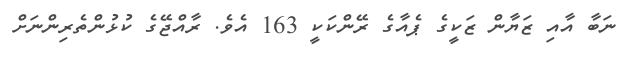
ނަބާ އާއި ޒަޔާން ޒަކީގެ ޕެއާގެ ރޭންކަކީ 163 އެވެ. ރާއްޖޭގެ ކުޅުންތެރިންނަށް